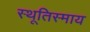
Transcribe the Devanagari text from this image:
स्थूतिस्माय